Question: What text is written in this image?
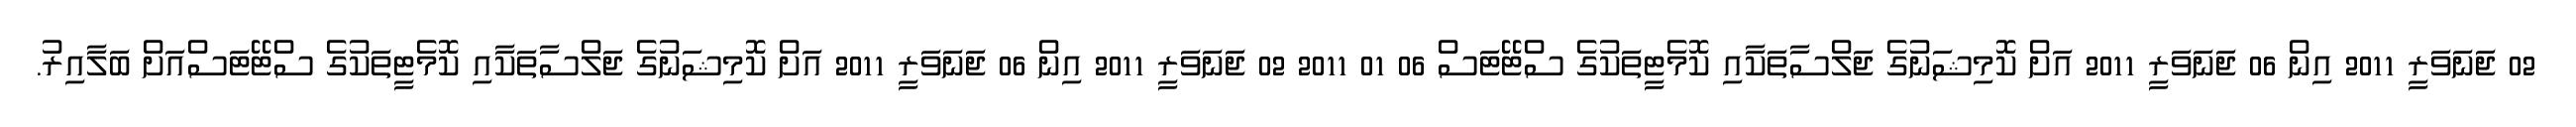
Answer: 02 ޖަނަވަރީ 2011 އިން 06 ޖަނަވަރީ 2011 އަށް ކޮމިޝަނުގެ ޖަލްސާތަކާއި ކޮމެޓީތަކުގެ ސްޓޭޓަސް 06 01 2011 02 ޖަނަވަރީ 2011 އިން 06 ޖަނަވަރީ 2011 އަށް ކޮމިޝަނުގެ ޖަލްސާތަކާއި ކޮމެޓީތަކުގެ ސްޓޭޓަސްއަށް ބަލާއިރު.